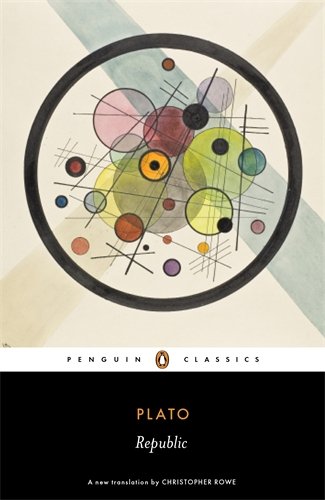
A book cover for The Republic; Plato; History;